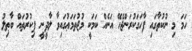
ހަމަ މި ނުކުތާގައި ފާހަގަކުރަންޖެހޭ އަނެއް ކަމަކީ މުޖުތަމަޢުގައިވާ ލާދީނީ ފިކުރުތައް ބާޠިލު